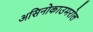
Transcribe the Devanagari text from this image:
असिनोकाउमरोल